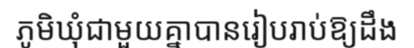
ភូមិឃុំជាមួយគ្នាបានរៀបរាប់ឱ្យដឹង